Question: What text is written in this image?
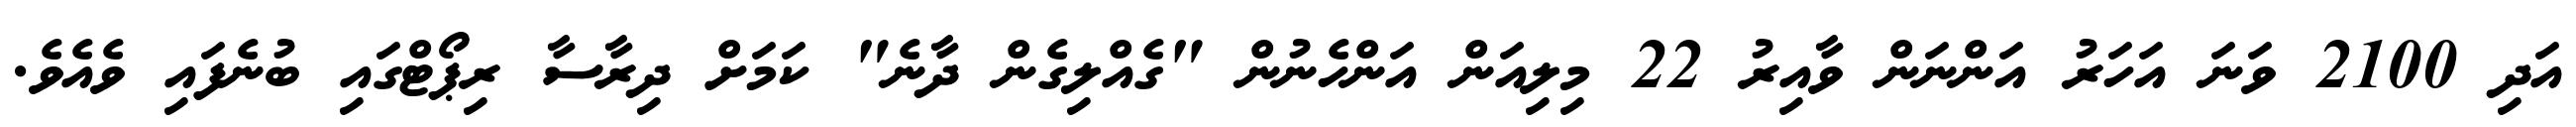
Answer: އަދި 2100 ވަނަ އަހަރު އަންނަން ވާއިރު 22 މިލިއަން އަންހެނުން "ގެއްލިގެން ދާނެ" ކަމަށް ދިރާސާ ރިޕޯޓްގައި ބުނެފައި ވެއެވެ.